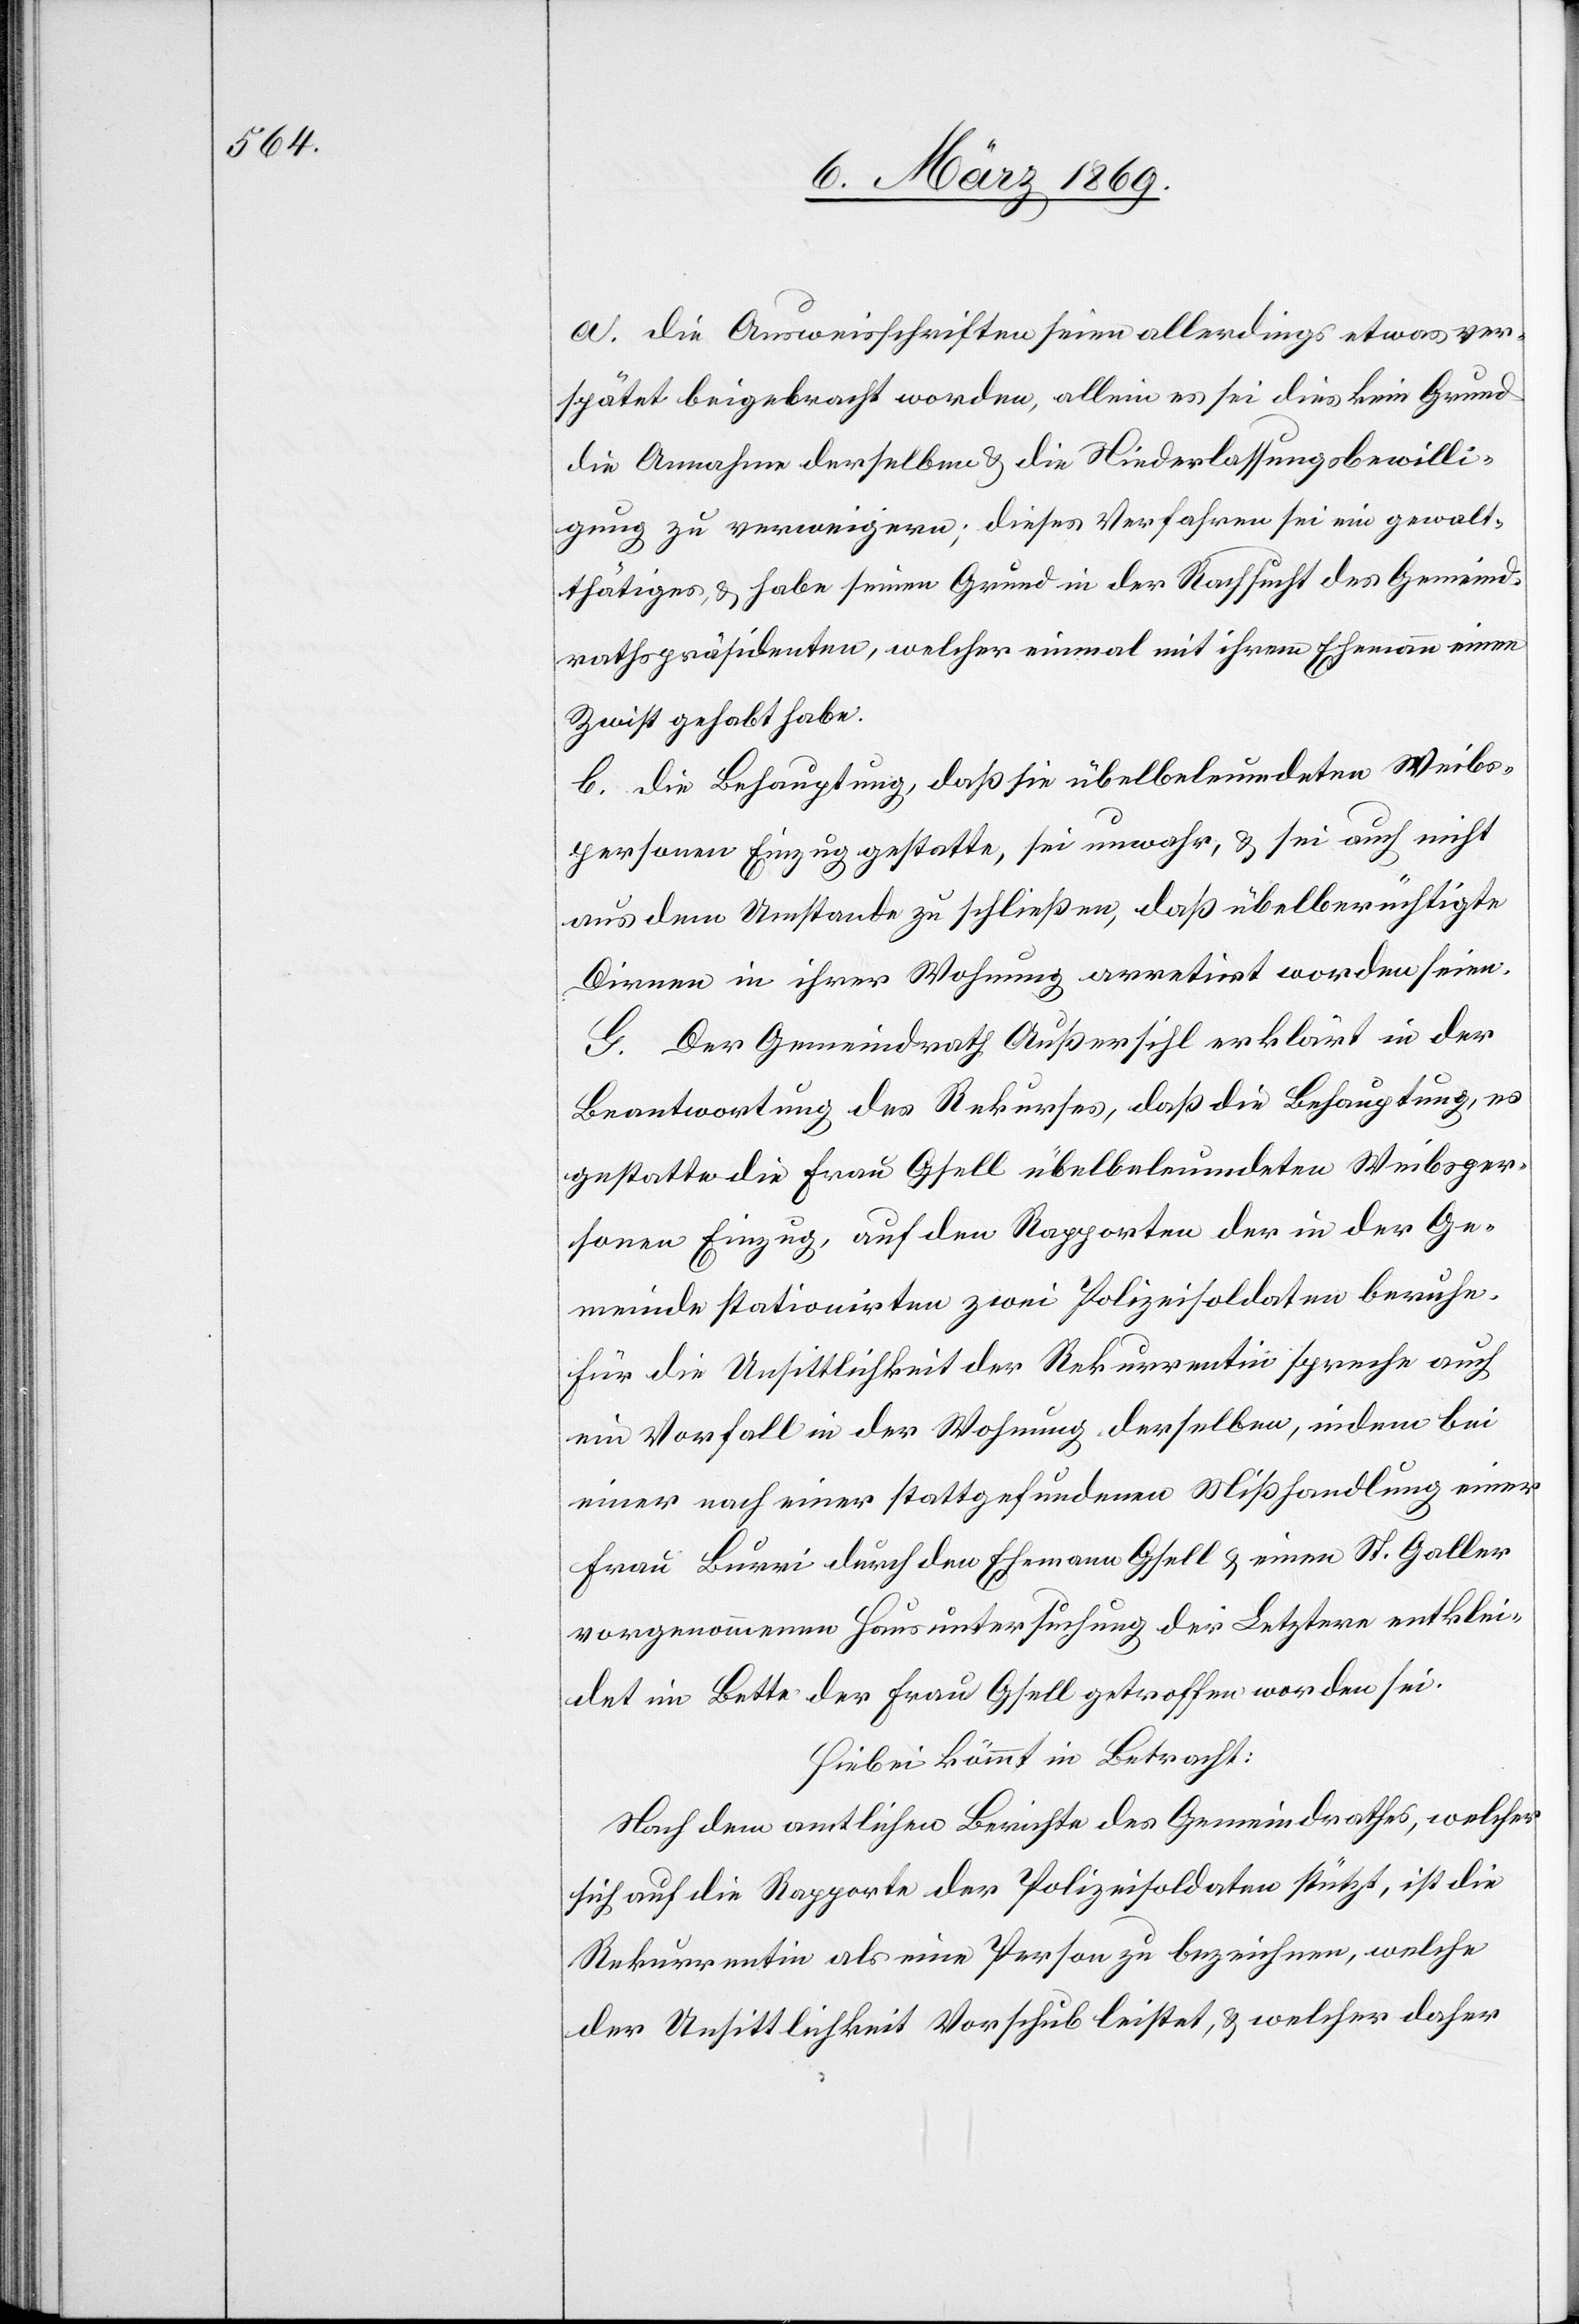
a. Die Ausweisschriften seien allerdings etwas ver¬
spätet beigebracht worden, allein es sei dies kein Grund
die Annahme derselben & die Niederlaßungsbewilli¬
gung zu verweigern; dieses Verfahren sei ein gewalt¬
thätiges, & habe seinen Grund in der Rachsucht des Gemeind¬
rathspräsidenten, welcher einmal mit ihrem Ehemann einen
Zwist gehabt habe.
b. Die Behauptung, daß sie übelbeleumdeten Weibs¬
personen Einzug gestatte, sei unwahr, & sei auch nicht
aus dem Umstande zu schließen, daß übelberüchtigte
Dirnen in ihrer Wohnung arretirt worden seien.
G. Der Gemeindrath Außersihl erklärt in der
Beantwortung des Rekurses, daß die Behauptung, es
gestatte die Frau Gfell übelbeleumdeten Weibsper¬
sonen Einzug, auf den Rapporten der in der Ge¬
meinde stationirten zwei Polizeisoldaten beruhe.
Für die Unsittlichkeit der Rekurrentin spreche auch
ein Vorfall in der Wohnung derselben, indem bei
einer nach einer stattgefundenen Mißhandlung einer
Frau Burri durch den Ehemann Gfell & einen St. Galler
vorgenommenen Hausuntersuchung der Letztere entklei¬
det im Bette der Frau Gfell getroffen worden sei.
Hiebei kömmt in Betracht:
Nach dem amtlichen Berichte des Gemeindrathes, welcher
sich auf die Rapporte der Polizeisoldaten stützt, ist die
Rekurrentin als eine Person zu bezeichnen, welche
der Unsittlichkeit Vorschub leistet, & welcher daher